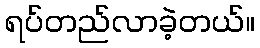
ရပ်တည်လာခဲ့တယ်။